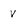
Character: v